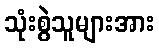
သုံးစွဲသူများအား